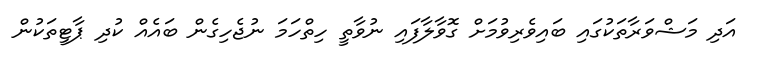
އަދި މަޝްވަރާތަކުގައި ބައިވެރިވުމަށް ގޮވާލާފައި ނުވާތީ ހިތްހަަމަ ނުޖެހިގެން ބައެއް ކުދި ޕާޓީތަކުން